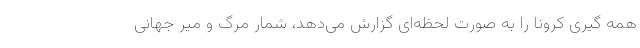
همه گیری کرونا را به صورت لحظه‌ای گزارش می‌دهد، شمار مرگ و میر جهانی